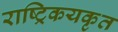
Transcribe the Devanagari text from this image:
राष्ट्रिकयकृत